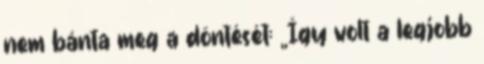
nem bánta meg a döntését: „Így volt a legjobb